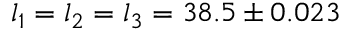
l _ { 1 } = l _ { 2 } = l _ { 3 } = 3 8 . 5 \pm 0 . 0 2 3